DOW-UAP-D23, Mission Report, United Arab Emirates, October 2023
Agency: Department of War
Incident date: 10/31/23
Incident location: Persian Gulf
Page 5
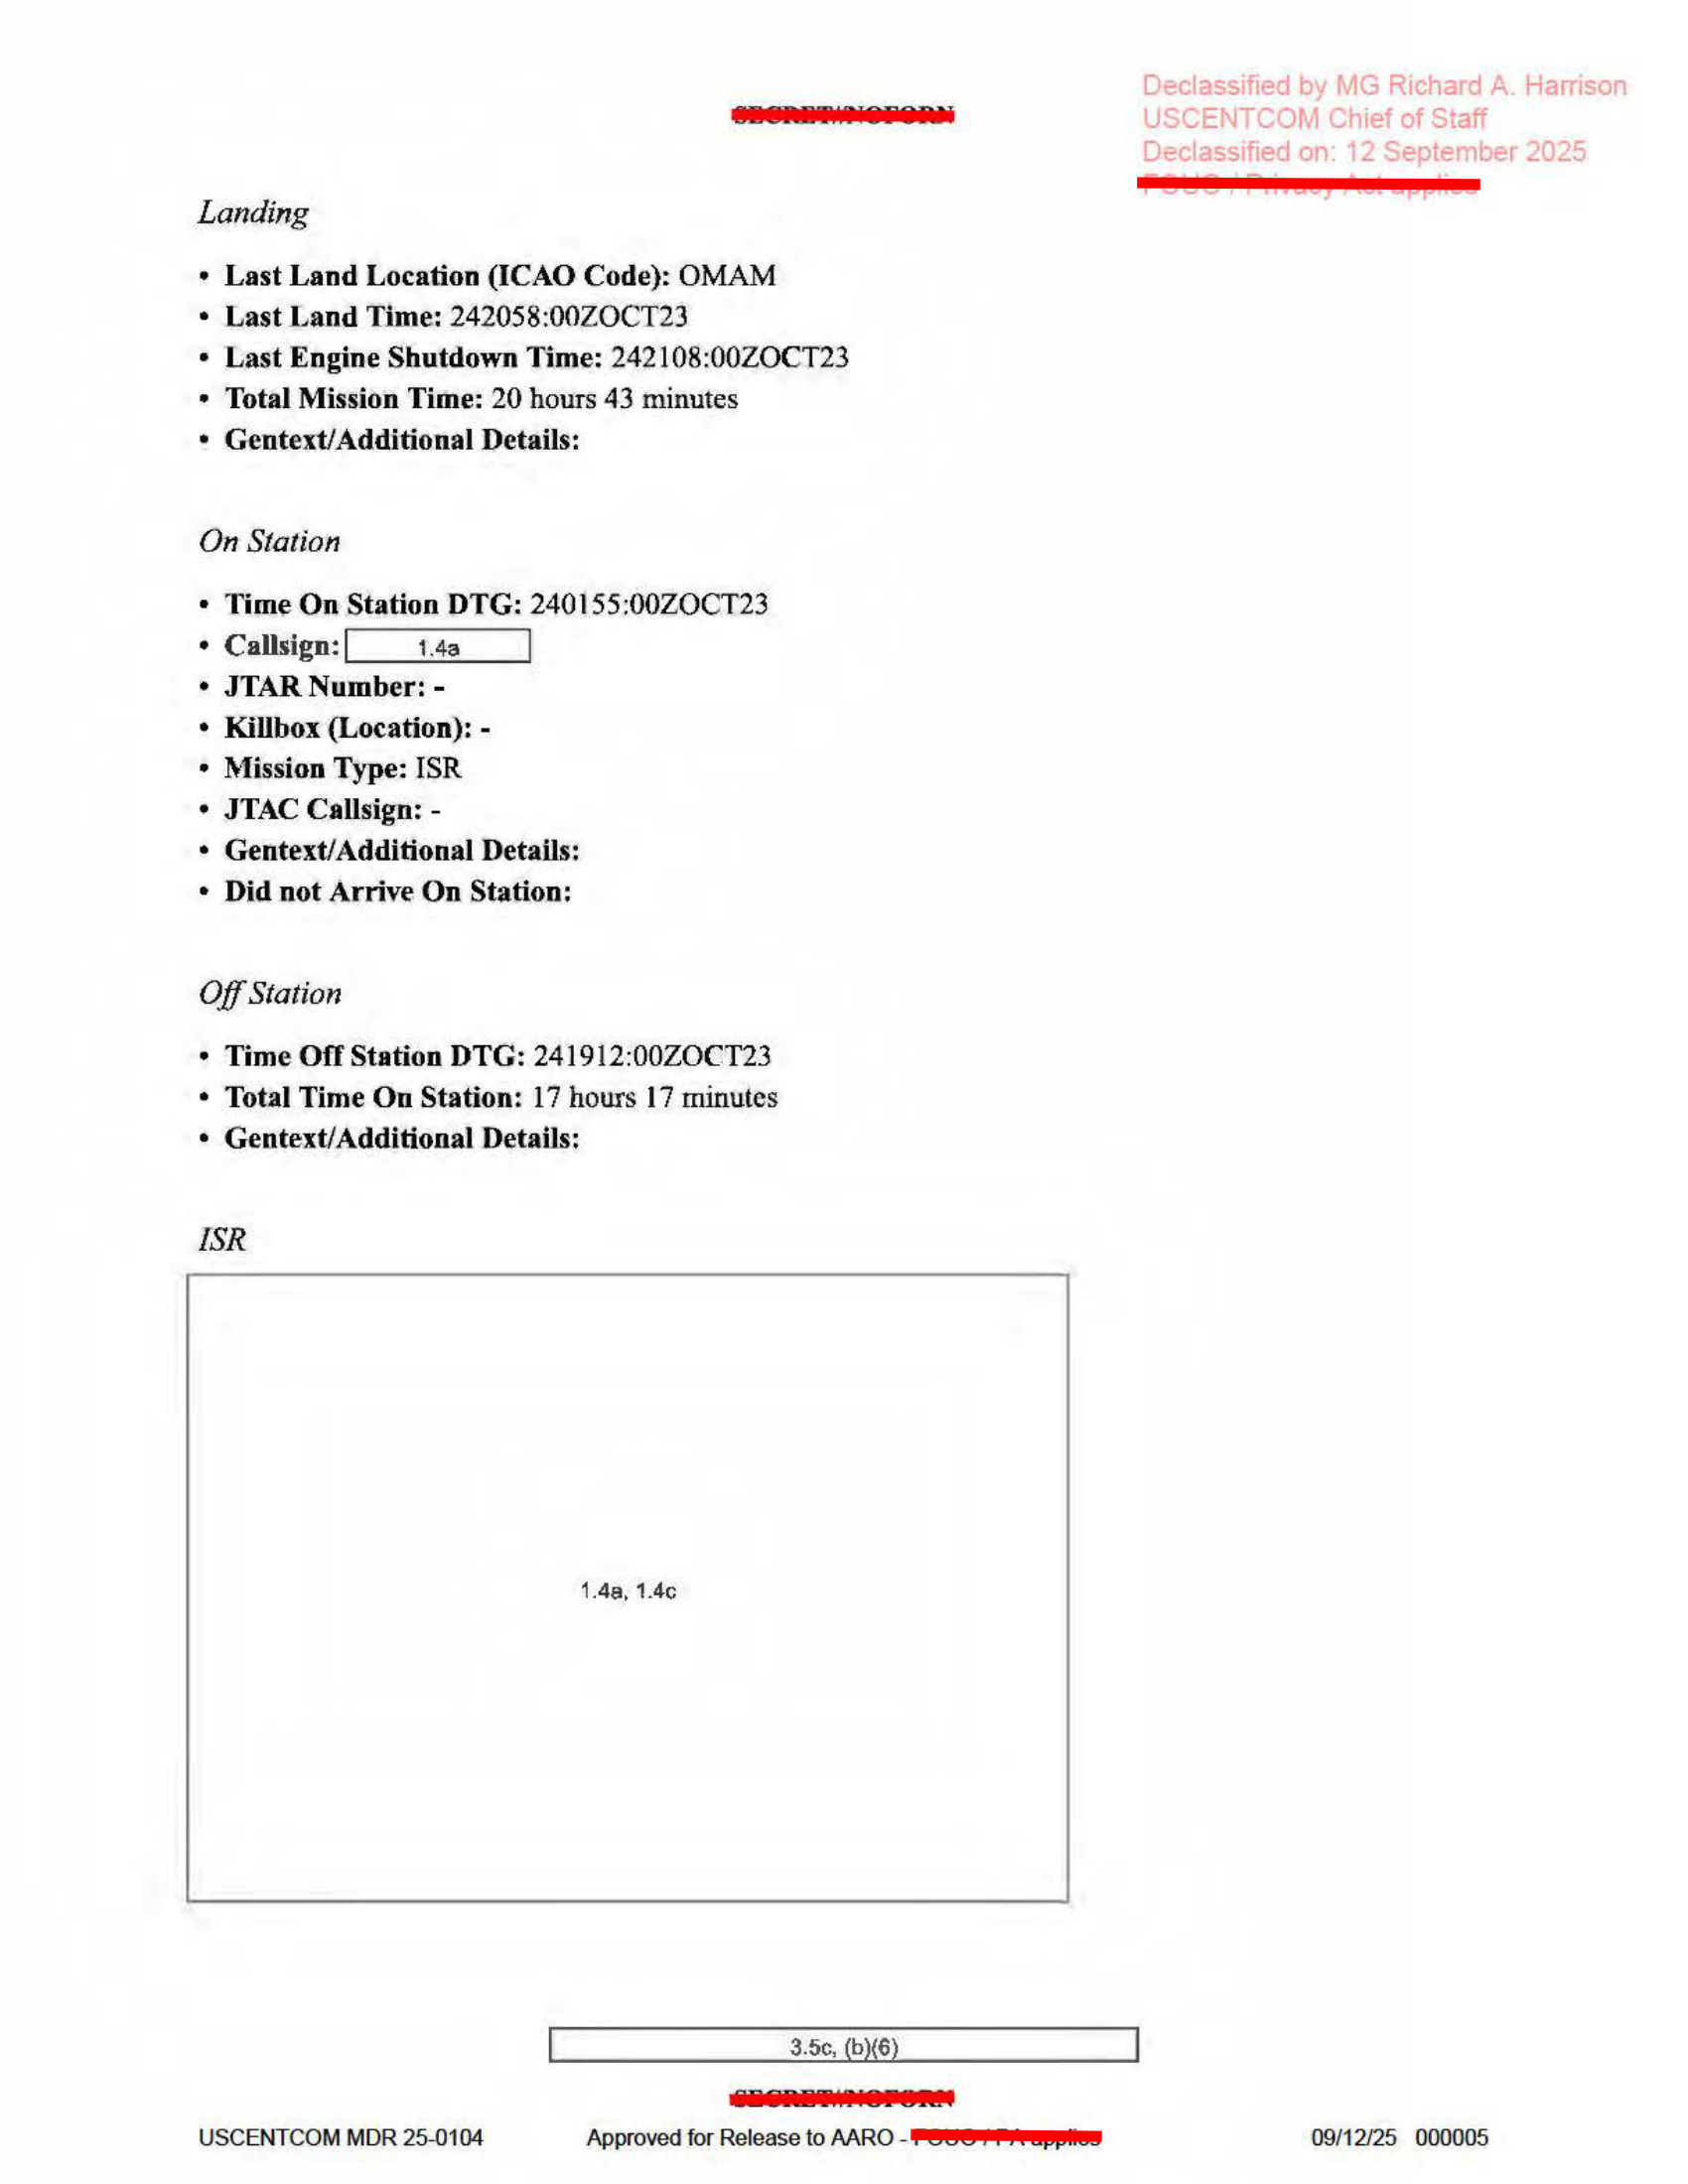